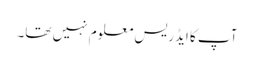
آپ کا ایڈریس معلوم نہیں تھا۔